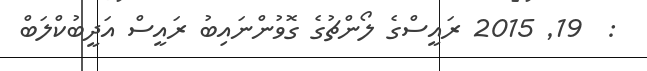
:  19